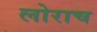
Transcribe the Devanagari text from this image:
लोराच